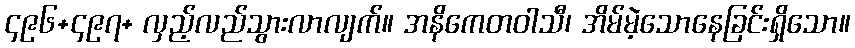
၄၉၆+၄၉၇+ လှည့်လည်သွားလာလျက်။ အနိကေတဝါသီ၊ အိမ်မဲ့သောနေခြင်းရှိသော။